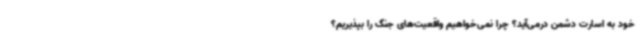
خود به اسارت دشمن درمی‌آید؟ چرا نمی‌خواهیم واقعیت‌های جنگ را بپذیریم؟